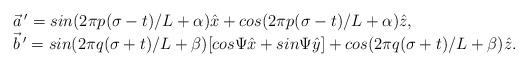
LaTeX: \begin{align*}\begin{array}{l}\vec{a}\,' = sin(2\pi p(\sigma-t)/L + \alpha)\hat{x} + cos(2\pi p(\sigma-t)/L + \alpha)\hat{z}, \\\vec{b}\,' = sin(2\pi q(\sigma+t)/L + \beta)[cos\Psi \hat{x} +sin\Psi \hat{y}] + cos(2\pi q(\sigma+t)/L + \beta)\hat{z}.\end{array}\end{align*}